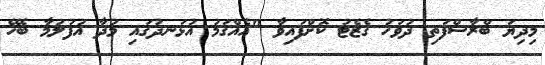
މިދިޔަ ބްރާސްފަތި ދުވަހު ގެޒެޓު ކޮށްފައިވާ "އެއްގަމު އުޅަނދުގައި މުދާ އުފުލުމާ ބެހޭ